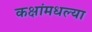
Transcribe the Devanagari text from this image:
कक्षांमधल्या